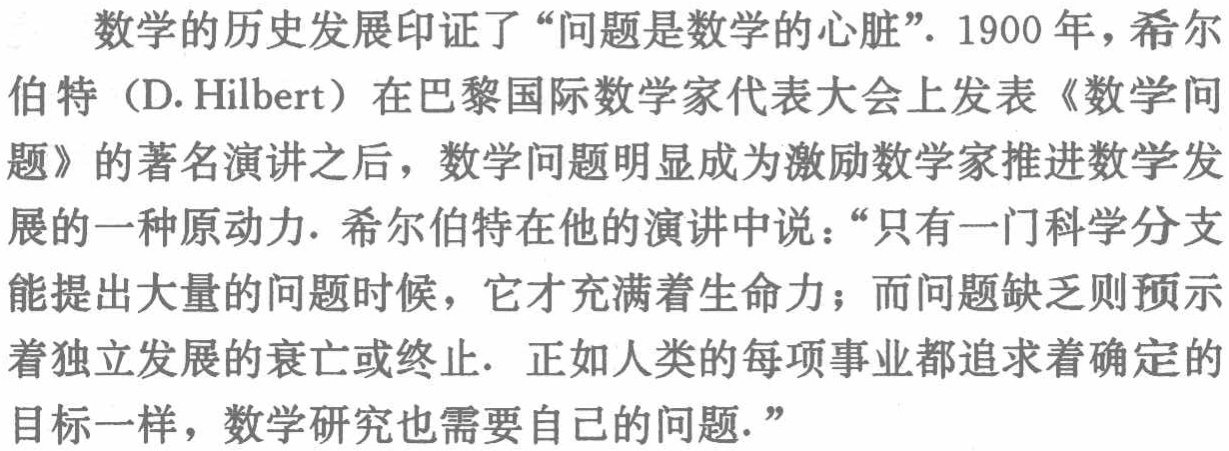
数学的历史发展印证了“问题是数学的心脏”. 1900 年，希尔
伯特（D. Hilbert）在巴黎国际数学家代表大会上发表《数学问
题》的著名演讲之后，数学问题明显成为激励数学家推进数学发
展的一种原动力. 希尔伯特在他的演讲中说：“只有一门科学分支
能提出大量的问题时候，它才充满着生命力；而问题缺乏则预示
着独立发展的衰亡或终止. 正如人类的每项事业都追求着确定的
目标一样，数学研究也需要自己的问题.”